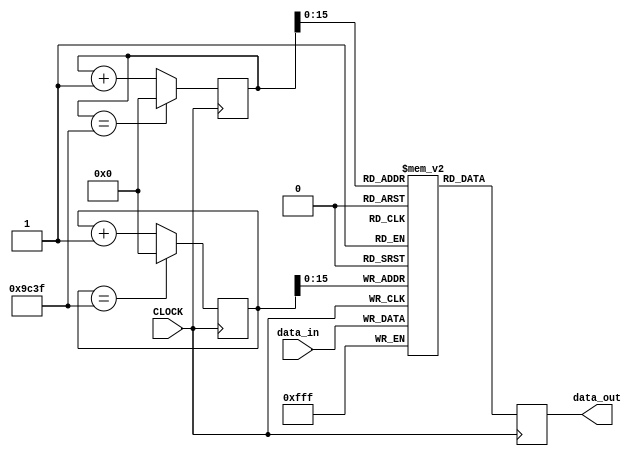
`timescale 1ns / 1ps
//////////////////////////////////////////////////////////////////////////////////
// Company: 
// Engineer: 
// 
// Design Name: 
// Module Name: gen_delay
// Project Name: 
// Target Devices: 
// Tool Versions: 
// Description: 
// 
// Dependencies: 
// 
// Revision:
// Revision 0.01 - File Created
// Additional Comments:
// 
//////////////////////////////////////////////////////////////////////////////////


module gen_delay3(
    input CLOCK,
    input [11:0] data_in,
    output reg [11:0] data_out
    );
    initial begin
        data_out = 12'b0;
    end
    
    reg [25:0] i = 0;
    reg [11:0] memory [0:39999];
    
    //store it in memory array
    always @ (posedge CLOCK) begin //keep writing the entire clock
            memory[i] <= data_in;
            i <= (i==39999) ? 0 : i+1;
    end
        
        
    //delay counters
    reg [25:0] j = 1; 

    always @ (posedge CLOCK) begin
            data_out <= memory[j];
            j <= (j==39999) ? 0 : j+1;
    end
    
endmodule